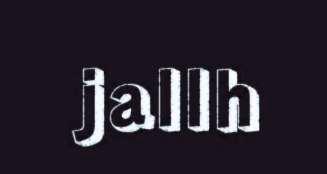
jallh